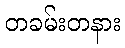
တခမ်းတနား